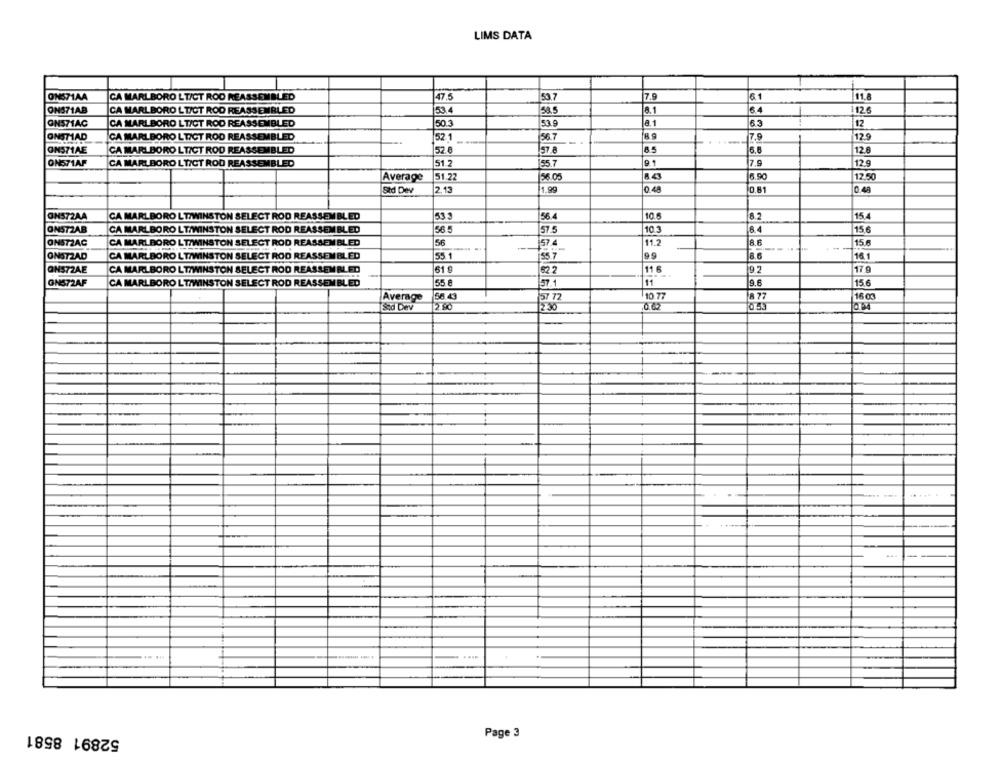
LIMS DATA
ONS71AA
CA MARLBORO LT/CT ROD REASSEMBLED
47.5
53.7
7.9
6.1
|11.8
ONS71AB
CA MARLBORO LT/CT ROD REASSEMBLED
53.4
58.5
1126
ONS71AC
50.3
53.9
63
12
CA MARLBORO LT/CT ROD REASSEMBLED
ONSTIAD
CA MARLBORO LTICT ROD REASSEMBLED
52.1
56.7
7.9
12.9
OMS71AE
CA MARLBORO LTICT ROD REASSEMBLED
52.8
157 8
35
12 8
ONS71AF
CA MARLBORO LT/CT ROD REASSEMBLED
151 2
55.7
7.9
12.9
51.22
56.05
6.90
12.50
Average
Std Dev
2.13
1.99
0.48
0.81
0.48
ONS72AA
CA MARLBORO LT/WINSTON SELECT ROD REASSEM BLED
53 3
56.4
10.6
15
ONST2AB
CA MARLBORO LT/WINSTON SELECT ROD REASSEMBLED
10.3
15.6
57.5
ONST2AC
CA MARLBORO LT/WINSTON SELECT ROD REASSEMBLED
56
57.4
11.2
15.6
ONSTZAD
CA MARLBORO LT/WINSTON SELECT ROD REASSEM BLED
55. 1
55.7
8.6
16.1
ONS72AE
CA MARLBORO LTIWINSTON SELECT ROD REASSEMBLED
61 9
22
11 6
17 9
CA MARLBORO LT/WINSTON SELECT ROD REASSEMBLED
55 €
11
9.6
15.6
GNS72AF
57.1
Average
56 43
57 72
10 77
A 77
16 m
Sid Dev
2.80
2:30
0.62
0.53
0.04
....
52891 8581
Page 3